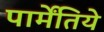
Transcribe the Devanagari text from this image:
पार्मेंतिये